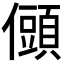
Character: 𭀆